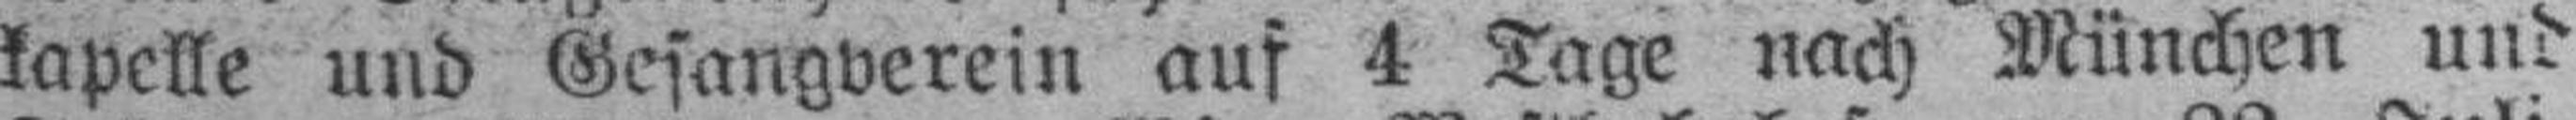
kapelle und Gesangverein auf 4 Tage nach München und